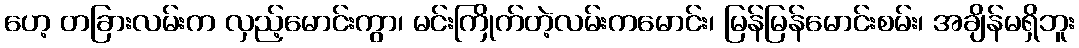
ဟေ့ တခြားလမ်းက လှည့်မောင်းကွာ၊ မင်းကြိုက်တဲ့လမ်းကမောင်း၊ မြန်မြန်မောင်းစမ်း၊ အချိန်မရှိဘူး